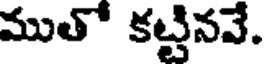
ముతో కట్టినవే.